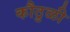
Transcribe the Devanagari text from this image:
कौठुळी